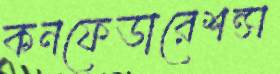
কনফেডারেশন্স